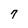
Character: 7